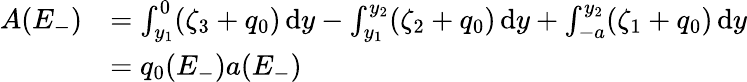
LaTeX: \begin{array}{rl}{A(E_{-})}&{=\int_{y_{1}}^{0}(\zeta_{3}+q_{0})\, \mathrm{d}y-\int_{y_{1}}^{y_{2}}(\zeta_{2}+q_{0})\, \mathrm{d}y+\int_{-a}^{y_{2}}(\zeta_{1}+q_{0})\, \mathrm{d}y}\\ &{=q_{0}(E_{-})a(E_{-})}\end{array}